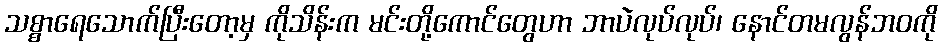
သစ္စာရေသောက်ပြီးတော့မှ ကိုသိန်းက မင်းတို့ကောင်တွေဟာ ဘာပဲလုပ်လုပ်၊ နောင်တမလွန်ဘဝကို